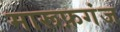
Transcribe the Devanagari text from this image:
मारूफ़गंज